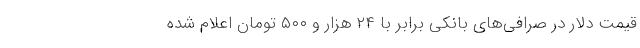
قیمت دلار در صرافی‌های بانکی برابر با ۲۴ هزار و ۵۰۰ تومان اعلام شده